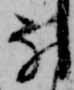
な